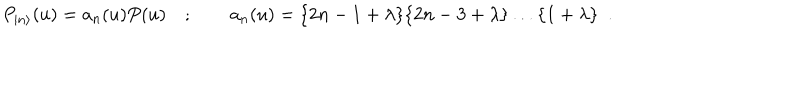
P _ { | n \rangle } ( u ) = a _ { n } ( u ) P ( u ) \quad ; \qquad a _ { n } ( u ) = \{ 2 n - 1 + \lambda \} \{ 2 n - 3 + \lambda \} \dots \{ 1 + \lambda \} \, \, \, .